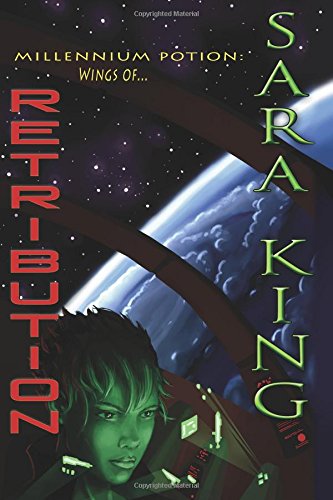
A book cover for Wings of Retribution (Millennium Potion); Sara King; Science Fiction & Fantasy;